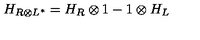
H _ { R \otimes L ^ { * } } = H _ { R } \otimes 1 - 1 \otimes H _ { L }